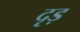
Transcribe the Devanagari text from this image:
दृड़